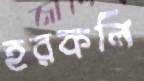
হরকলি